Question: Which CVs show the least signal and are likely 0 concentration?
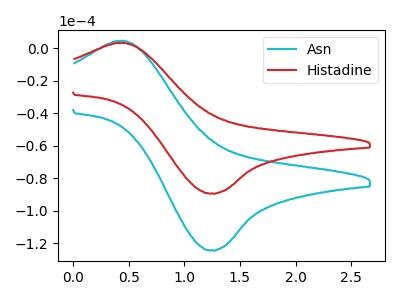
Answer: <think>The cyan curve "Asn" has an anodic peak at (0.40V, 4.45uA) and a cathodic peak at (1.25V, -124.35uA). The red curve "Histadine" has an anodic peak at (0.40V, 3.20uA) and a cathodic peak at (1.25V, -89.35uA).</think>
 <answer>There are not any CV's on this graph that are likely to be blanks.</answer>
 <eval>none</eval>